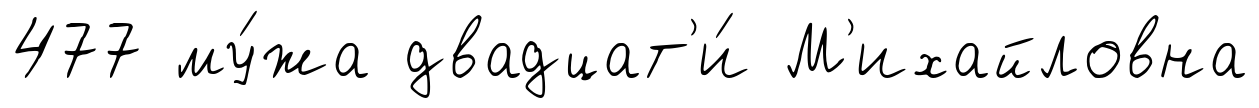
477 му́жа двадцат'и́ М'ихайловна